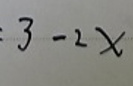
$3 - 2x$